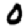
Digit: 0